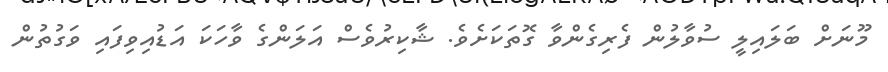
މޫނަށް ބަލައިލީ ސުވާލުން ފެރިގެންވާ ގޮތަކަށެވެ. ޝާކިރުވެސް އަލަންގެ ވާހަކަ އަޑުއިވިފައި ވަގުތުން